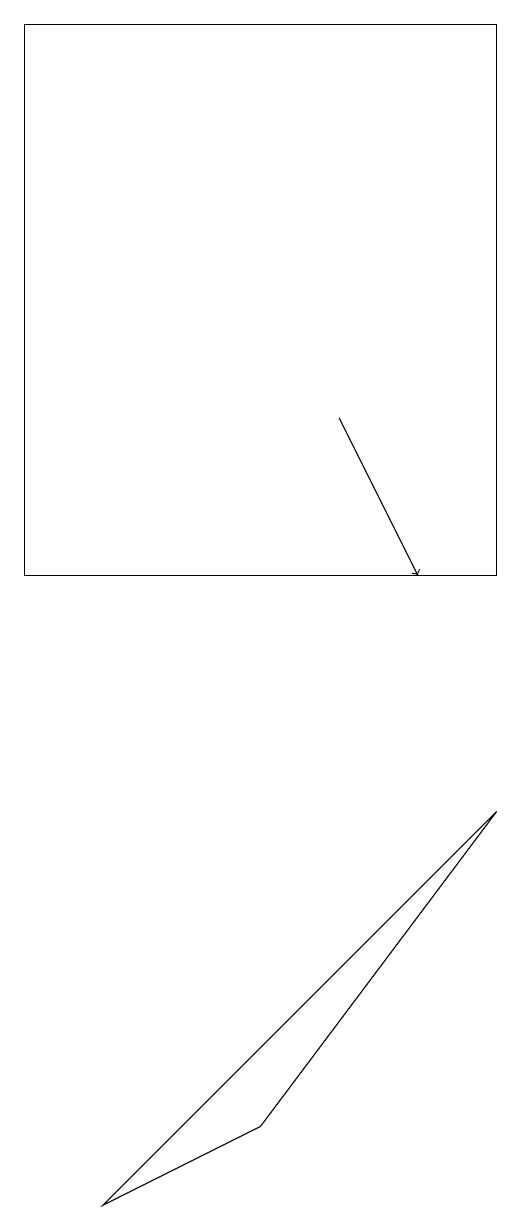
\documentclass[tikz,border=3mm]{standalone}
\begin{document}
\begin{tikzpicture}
\draw (0,10) rectangle (6,17);
\draw (1,2) -- (6,7) -- (3,3) -- cycle;
\draw[->] (4,12) -- (5,10);
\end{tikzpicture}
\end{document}